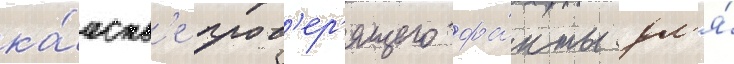
ка́честв'е пров'ер'ящего фа́кты дл'я́